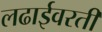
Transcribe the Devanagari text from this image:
लढाईवरती